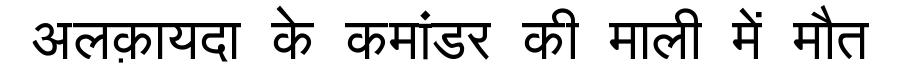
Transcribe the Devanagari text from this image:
अलक़ायदा के कमांडर की माली में मौत